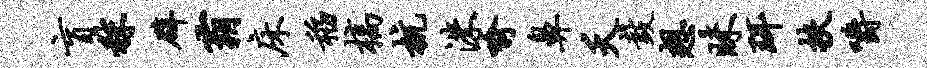
盲秣辟霸床稻槁杭洙喻鼻夭鼓想昧珥扶嚼